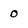
Character: O